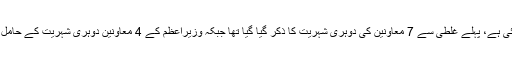
تصحیح: ڈان اخبار کی اسٹوری میں تصحیح کی گئی ہے، پہلے غلطی سے 7 معاونین کی دوہری شہریت کا ذکر گیا گیا تھا جبکہ وزیراعظم کے 4 معاونین دوہری شہریت کے حامل ہیں اور باقی 3 کی بیرون ملک رہائش گاہیں ہیں۔